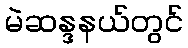
မဲဆန္ဒနယ်တွင်